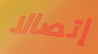
إتصالا